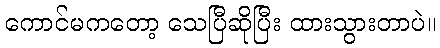
ကောင်မကတော့ သေပြီဆိုပြီး ထားသွားတာပဲ။